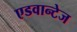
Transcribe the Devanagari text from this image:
एडवान्टेज